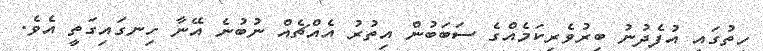
ހިތުގައި އުފެދުނު ބިރުވެރިކަމެއްގެ ސަބަބުން އިތުރު އެއްޗެއް ނުބުނެ އޭނާ ހިނގައިގަތީ އެވެ.